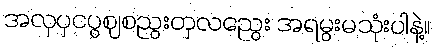
အလှပှငပွဈစညွးတှလညွေး အရမွးမသုံးပါနဲ့။